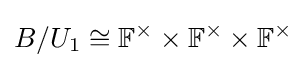
B/U_{1}\cong \mathbb {F} ^{\times }\times \mathbb {F} ^{\times }\times \mathbb {F} ^{\times }